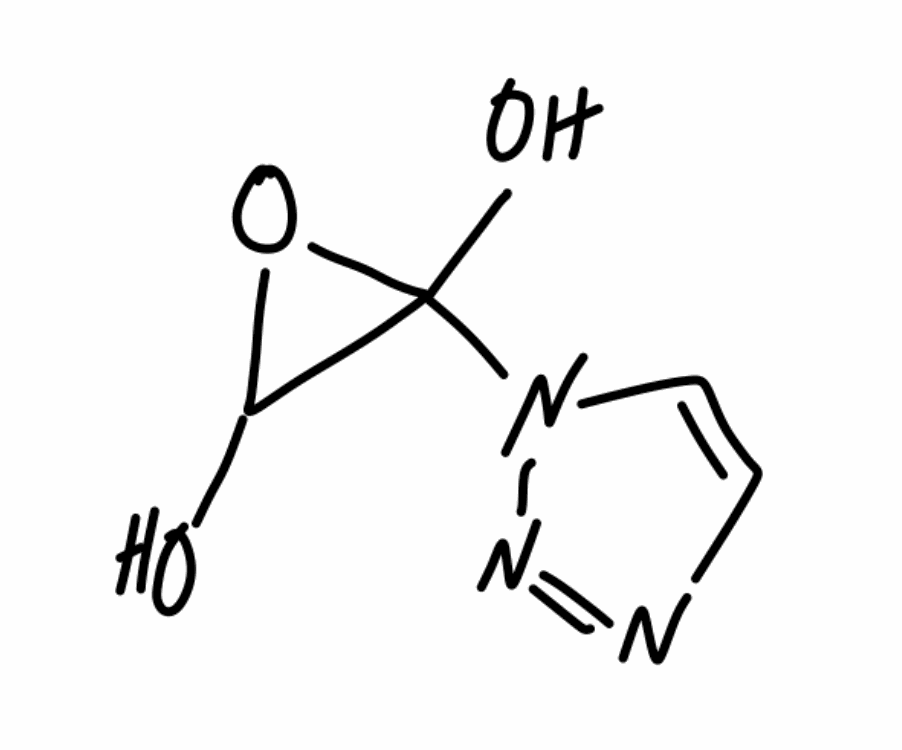
Simplified molecular-input line-entry system (SMILES) notation of the given molecule:
C1=CN(N=N1)C2(C(O2)O)O